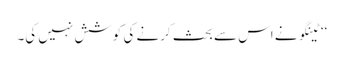
‘‘ٹینگو نے اس سے بحث کرنے کی کوشش نہیں کی۔